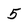
Character: 5